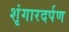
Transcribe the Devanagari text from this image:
शृंगारदर्पण